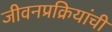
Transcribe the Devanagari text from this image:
जीवनप्रक्रियांची